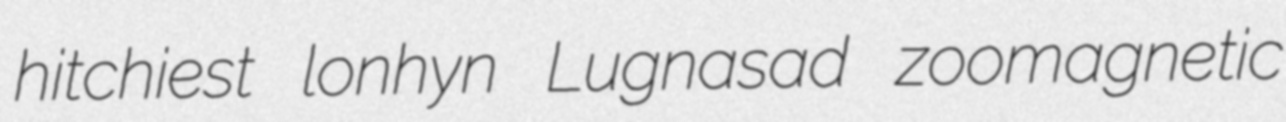
hitchiest lonhyn Lugnasad zoomagnetic